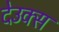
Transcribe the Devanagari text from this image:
देउक्स